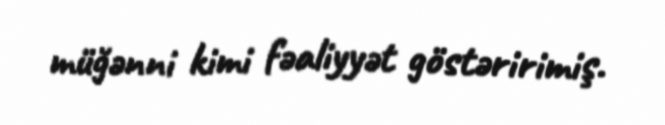
müğənni kimi fəaliyyət göstəririmiş.